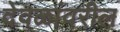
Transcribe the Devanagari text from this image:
देवळांवरील